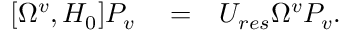
\begin{array} { r l r } { [ \Omega ^ { v } , H _ { 0 } ] P _ { v } } & { { } = } & { U _ { r e s } \Omega ^ { v } P _ { v } . } \end{array}